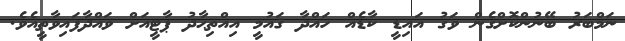
ނަމްބަރު ބޭނުންކޮށްގެން ވަގު އައިޑީ ކާޑެއް ހައްދާ ޤައުމީ އިއްތިޙާދު ޕާޓީއަށް ވައްދާފައިވާތީއެވެ.